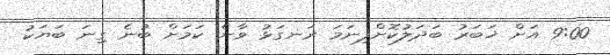
9:00 އަށް ޚަބަރު ބަދަލުކޮށްފިނަމަ ރަނގަޅު ވާނެ ކަމަށް ބުނެ ގިނަ ބަޔަކު